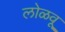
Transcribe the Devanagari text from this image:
लोळवू